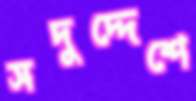
সদুদ্দেশে